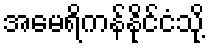
အမေရိကန်နိုင်ငံသို့